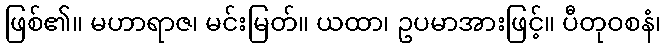
ဖြစ်၏။ မဟာရာဇ၊ မင်းမြတ်။ ယထာ၊ ဥပမာအားဖြင့်။ ပီတုဝစနံ၊